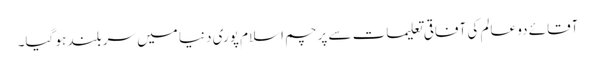
آقائے دو عالم کی آفاقی تعلیمات سے پرچم اسلام پوری دنیا میں سربلند ہو گیا۔